Report of the Bombay Veterinary College
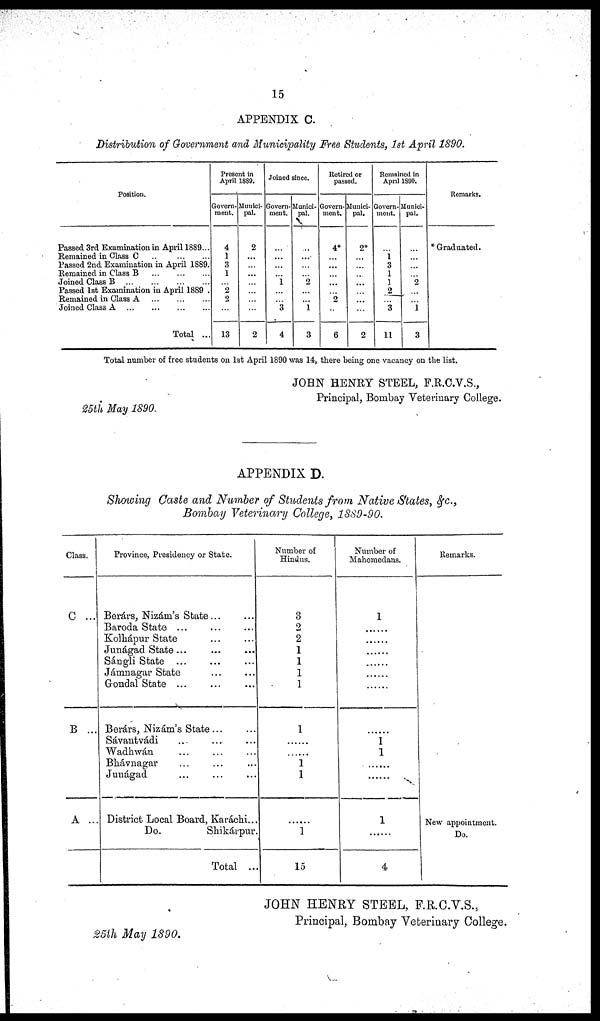
15
APPENDIX C.
Distribution of Government and Municipality Free Students, 1st April 1890.
Position.
Passed 3rd Examination in April 1889...
Remained in Class C ... ... ...
Passed 2nd Examination in April 1889.
Remained in Class B ... ...
Joined Class B ... ... ...
Passed 1st Examination in April 1889 .
Remained in Class A
...
...
Joined Class A
...
...
Total ...
Present in
April 1889.
Govern-
ment.
4
1
3
1
...
2
2
...
13
Munici-
pal.
2
...
...
...
...
...
...
...
2
Joined since.
Govern-
ment.
...
...
...
...
1
...
...
3
4
Munici-
pal.
...
...
...
...
2
...
...
1
3
Retired or
passed.
Govern-
ment.
4*
...
...
...
...
...
2
...
6
Munici-
pal.
2*
...
...
...
...
...
...
...
2
Remained in
April 1890.
Govern-
ment.
...
1
3
1
1
2
...
3
11
Munici-
pal.
...
...
...
...
2
...
...
1
3
Remarks.
* Graduated.
Total number of free students on 1st April 1890 was 14, there being one vacancy on the list.
JOHN HENRY STEEL, F.R.C.V.S.,
Principal, Bombay Veterinary College.
25th May 1890.
APPENDIX D.
Showing Caste and Number of Students from Native States, &c.,
Bombay Veterinary College, 1889-90.
Class.
C...
B ...
A ...
Province, Presidency or State.
Berárs, Nizám's State...
Baroda State ...
Kolhapur State
Junágad State...
...
...
Sángli State ...
Jámnagar State
Gondal
State...
...
Berárs, Nizám's
State... ...
Savantvádi
...
...
...
Wadhwán
...
...
Bhávnagar
Junágad
District Local Board, Karáchi...
Do.
Shikárpur.
Total ...
Number of
Hindus.
3
2
2
1
1
1
1
1
...
...
1
1
...
1
15
Number of
Mahomedans.
1
......
......
......
......
......
.....
...
1
1
...
...
1
...
4
Remarks.
New appointment.
Do.
JOHN HENRY STEEL, F.R.C.V.S.,
Principal, Bombay Veterinary College.
25th May 1890.